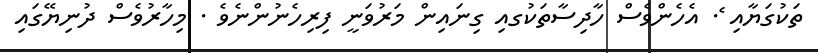
ތަކުގަޔާއި ެެެެެެެެެެެެެެެެެެެެެެެެެެެެެެެެެެެެެެެެ. އެހެންވެސް ހާދިސާތަކުގއި ގިނައިން މަރުވަނީ ފިރިހެނުންނެވެ . މިހާރުވެސް ދުނިޔޭގައި